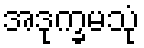
အဒုက္ခမသုံ